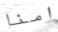
امنا